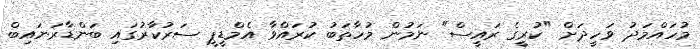
މުހައްމަދު ވަހީދަށް "ކުރީގެ ރައީސް" ނަމުން މުހާތަބު ކުރައްވާ އެމްޑީޕީ ސަރުކާރުގައި ބަންޑާރަނައިބް